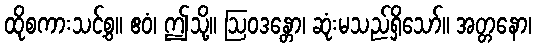
ထိုစကားသင့်စွ။ ဧဝံ၊ ဤသို့။ ဩဝဒန္တော၊ ဆုံးမသည်ရှိသော်။ အတ္တနော၊